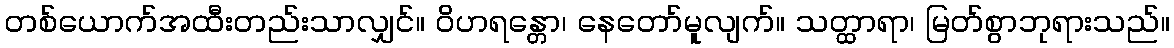
တစ်ယောက်အထီးတည်းသာလျှင်။ ဝိဟရန္တော၊ နေတော်မူလျက်။ သတ္ထာရာ၊ မြတ်စွာဘုရားသည်။